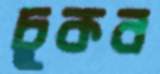
চুকব